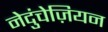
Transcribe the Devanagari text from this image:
नेदुंचेज़ियन